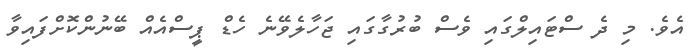
އެވެ. މި ދެ ސްޓައިލްގައި ވެސް ބުރުގާގައި ޖަހާލެވޭނެ ހެޑް ޕީސްއެއް ބޭނުންކޮށްފައިވާ